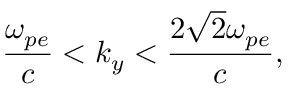
\frac { \omega _ { p e } } { c } < k _ { y } < \frac { 2 \sqrt { 2 } \omega _ { p e } } { c } ,